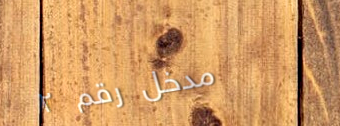
مدخل رقم ٢